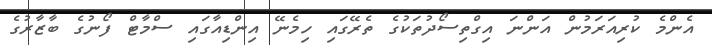
އެންމެ ކުރިއަރަމުން އަންނަ އިގްތިސޯދުތަކުގެ ތެރޭގައި ހިމެނޭ އިންޑިއާގައި ސްމާޓް ފޯނުގެ ބާޒާރުގެ